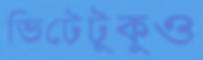
ভিটেটুকুও